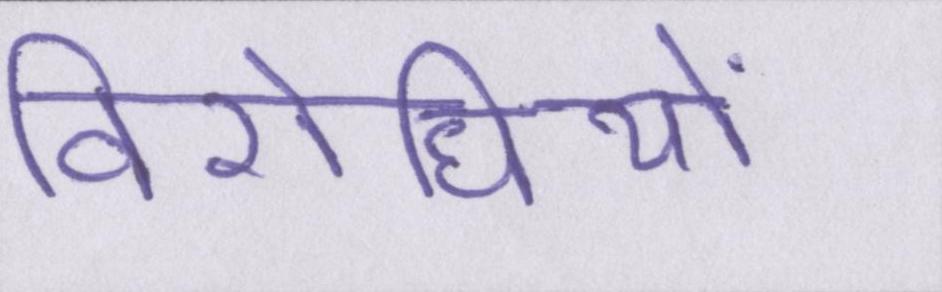
विरोधियों